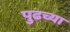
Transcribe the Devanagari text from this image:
पुढच्‍या